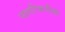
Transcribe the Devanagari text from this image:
नागरिकवीथी